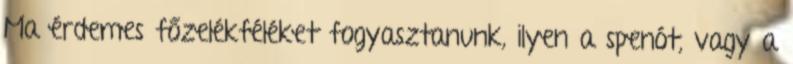
Ma érdemes főzelékféléket fogyasztanunk, ilyen a spenót, vagy a